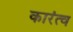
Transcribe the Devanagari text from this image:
कारंत्व